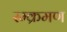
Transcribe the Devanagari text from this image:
स्म्क्रमण